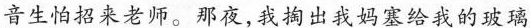
音生怕招来老师。那夜,我掏出我妈塞给我的玻璃